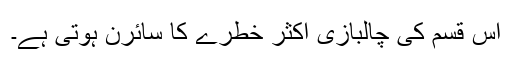
اس قسم کی چالبازی اکثر خطرے کا سائرن ہوتی ہے۔